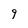
Character: 9